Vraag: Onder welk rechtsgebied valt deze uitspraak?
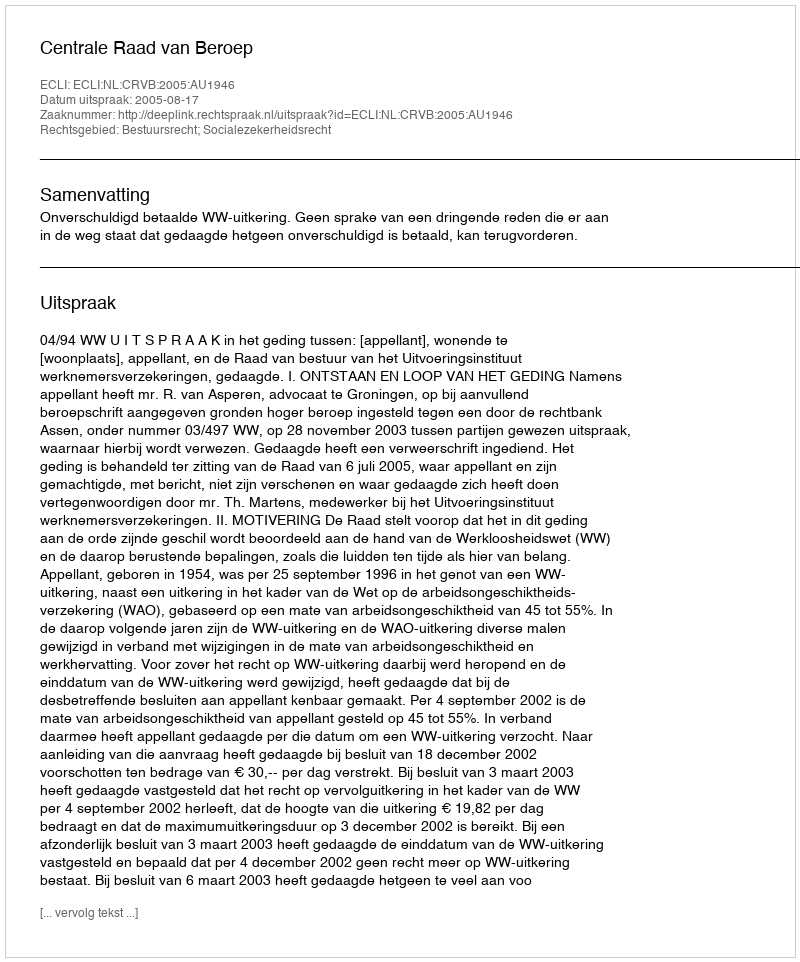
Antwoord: Bestuursrecht; Socialezekerheidsrecht